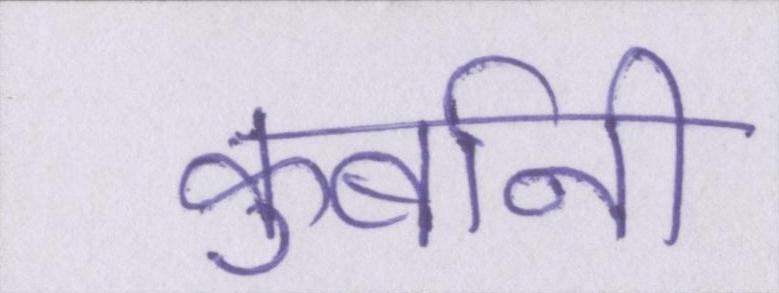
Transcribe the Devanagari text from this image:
कुर्बानी